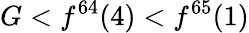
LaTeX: G<f^{64}(4)<f^{65}(1)